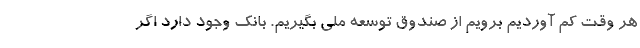
هر وقت کم آوردیم برویم از صندوق توسعه ملی بگیریم. بانک وجود دارد اگر